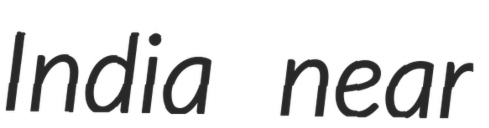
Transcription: India near